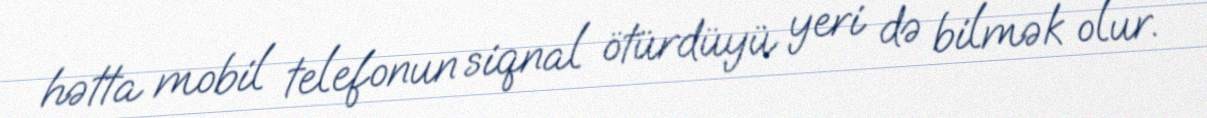
hətta mobil telefonun siqnal ötürdüyü yeri də bilmək olur.